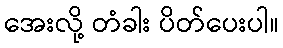
အေးလို့ တံခါး ပိတ်ပေးပါ။